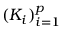
( K _ { i } ) _ { i = 1 } ^ { p }